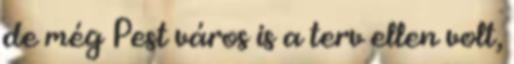
de még Pest város is a terv ellen volt,